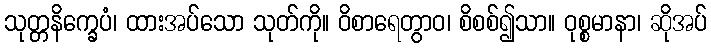
သုတ္တနိက္ခေပံ၊ ထားအပ်သော သုတ်ကို။ ဝိစာရေတွာဝ၊ စိစစ်၍သာ။ ဝုစ္စမာနာ၊ ဆိုအပ်